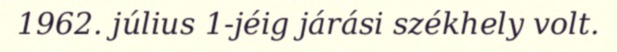
1962. július 1-jéig járási székhely volt.